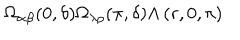
\Omega _ { \alpha \beta } ( 0 , \delta ) \Omega _ { \lambda \rho } ( \pi , \delta ) \Lambda \left( r , 0 , \pi \right)